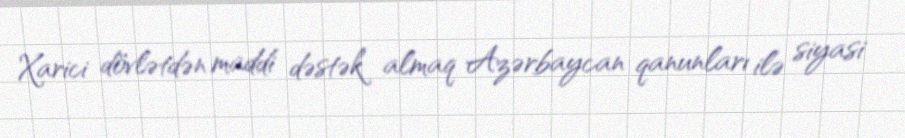
Xarici dövlətdən maddi dəstək almaq Azərbaycan qanunları ilə siyasi